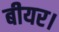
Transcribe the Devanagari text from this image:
बीयर।